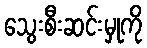
သွေးစီးဆင်းမှုကို